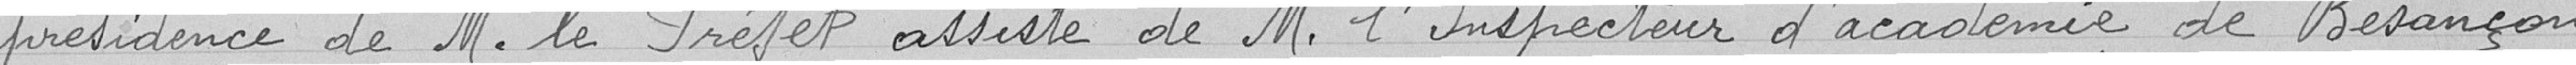
présidence de M. le Préfet assisté de M. l'Inspecteur d'académie de Besançon